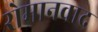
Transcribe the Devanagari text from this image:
रोमानवाद